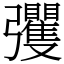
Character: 彏